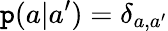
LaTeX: \mathtt{p}(a|a^{\prime})=\delta_{a,a^{\prime}}